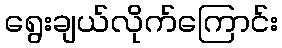
ရွေးချယ်လိုက်ကြောင်း